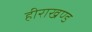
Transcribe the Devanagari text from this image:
हीराखण्ड